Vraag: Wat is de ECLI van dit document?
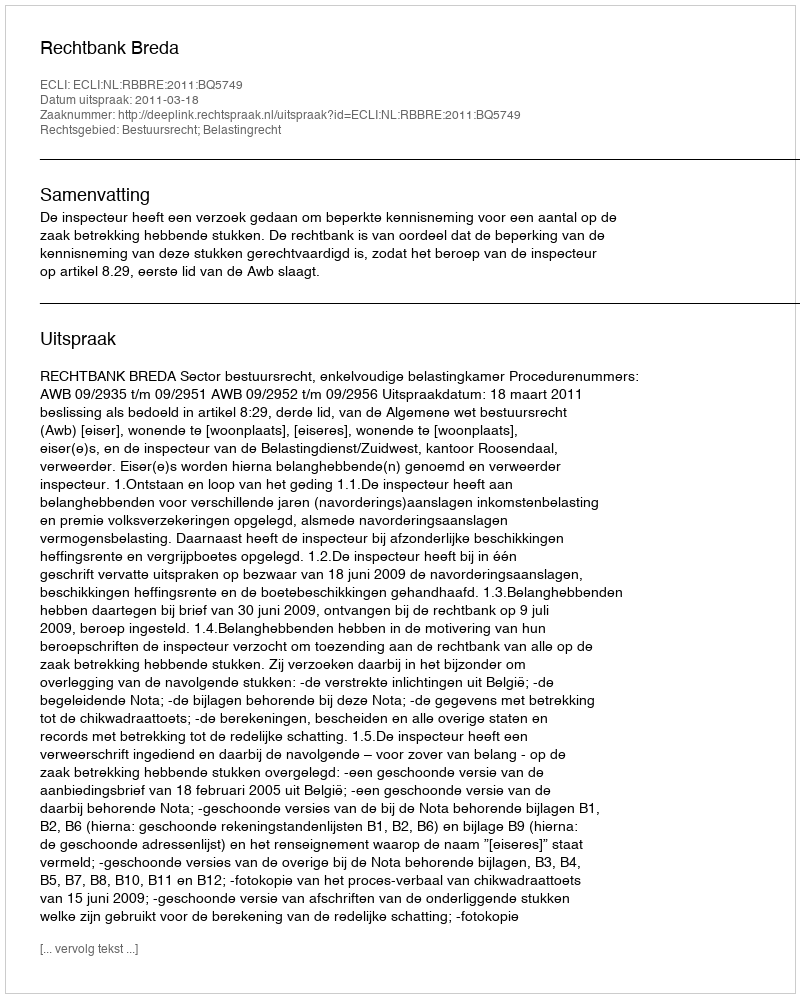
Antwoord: ECLI:NL:RBBRE:2011:BQ5749